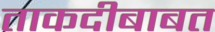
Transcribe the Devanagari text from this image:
ताकदीबाबत